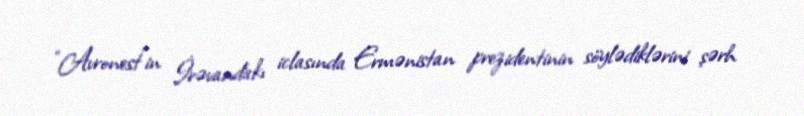
“Avronest”in İrəvandakı iclasında Ermənistan prezidentinin söylədiklərini şərh